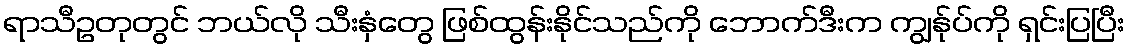
ရာသီဥတုတွင် ဘယ်လို သီးနှံတွေ ဖြစ်ထွန်းနိုင်သည်ကို ဘောက်ဒီးက ကျွန်ုပ်ကို ရှင်းပြပြီး